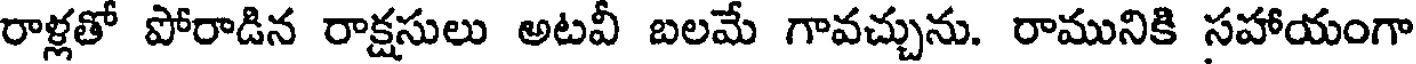
రాళ్లతో పోరాడిన రాక్షసులు అటవీ బలమే గావచ్చును. రామునికి సహాయంగా